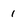
Character: 1